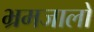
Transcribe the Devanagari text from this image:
भ्रमजालों